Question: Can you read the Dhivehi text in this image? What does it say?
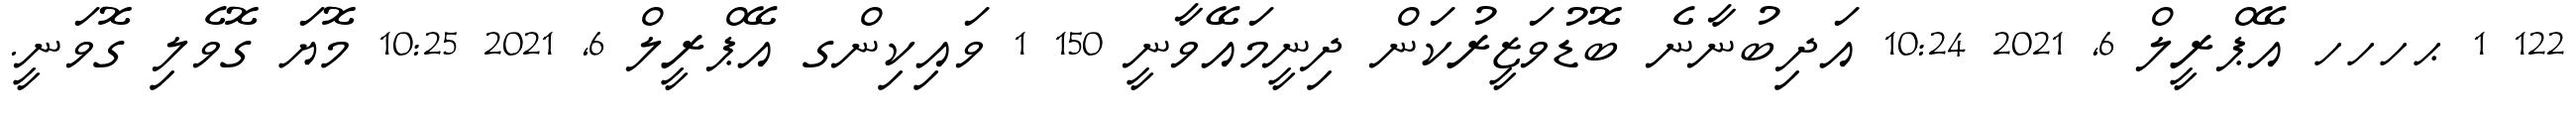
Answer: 122 1 ޙހހހ އޭޕްރީލް 6, 2021 10:24 އަދިބުނާނެ ބޮޑުވަޒީރުކަން ދިނީމައޭވާނީ 150 1 ވައިކިންގ އޭޕްރީލް 6, 2021 10:25 މޮޔަ ގޮވެލި ގޮވަނީ.